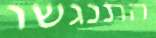
התנגשו